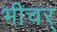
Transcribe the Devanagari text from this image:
भीचर्